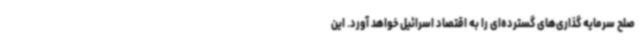
صلح سرمایه گذاری‌های گسترده‌ای را به اقتصاد اسرائیل خواهد آورد. این